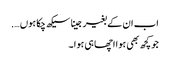
اب ان کے بغیر جینا سیکھ چکا ہوں ….
جو کچھ بھی ہوا اچھا ہی ہوا ۔